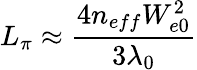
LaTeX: L_{\pi}\approx\frac{4n_{eff}W_{e0}^{2}}{3\lambda_{0}}